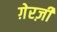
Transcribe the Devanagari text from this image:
ग़ेरज़ी